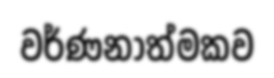
වර්ණනාත්මකව